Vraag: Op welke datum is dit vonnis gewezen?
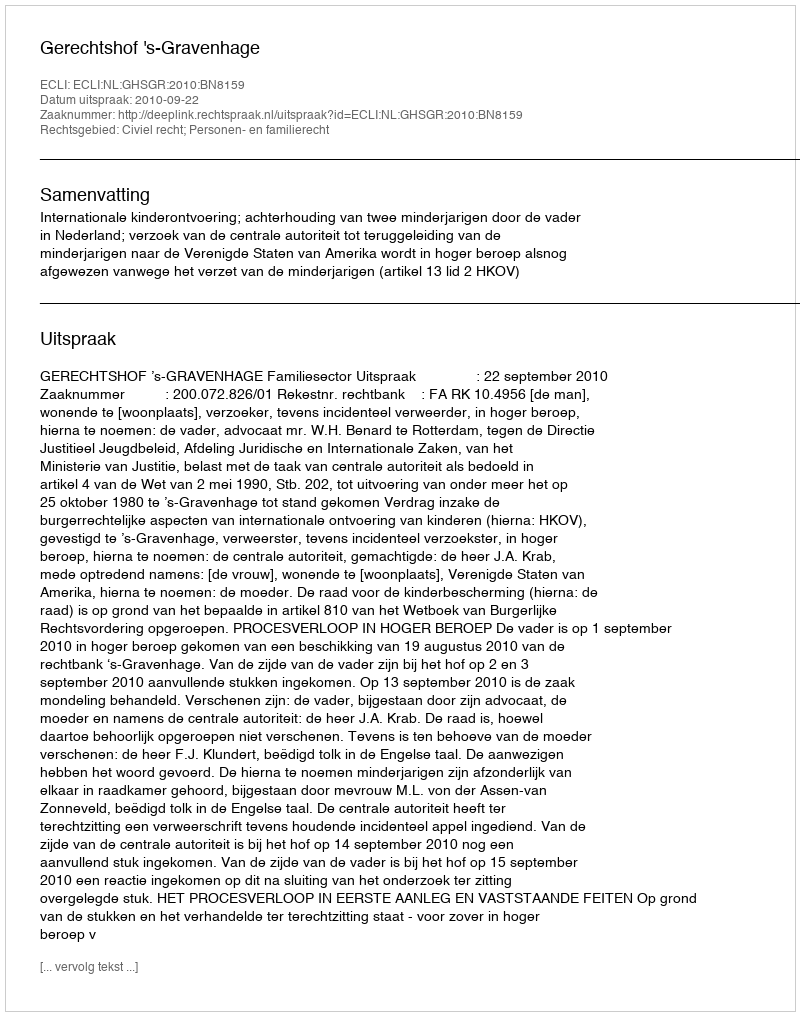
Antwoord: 2010-09-22